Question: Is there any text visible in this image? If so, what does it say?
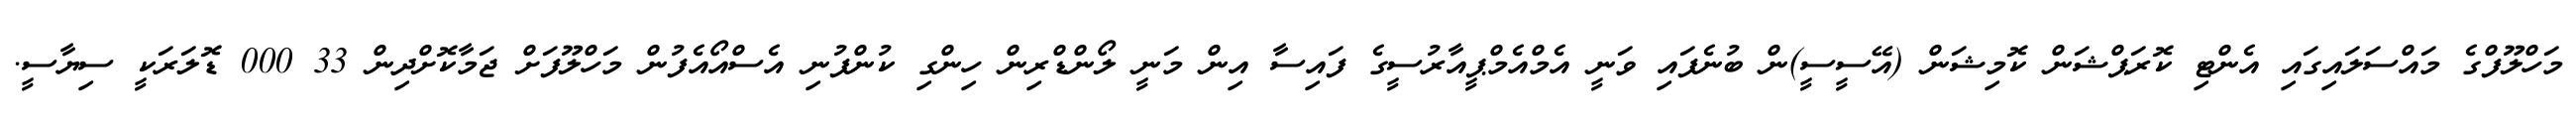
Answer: މަހްލޫފްގެ މައްސަލައިގައި އެންޓި ކޮރަޕްޝަން ކޮމިޝަން (އޭސީސީ)ން ބުނެފައި ވަނީ އެމްއެމްޕީއާރުސީގެ ފައިސާ އިން މަނީ ލޯންޑްރިން ހިންގި ކުންފުނި އެސްއޯއެފުން މަހްލޫފަށް ޖަމާކޮށްދިން 33 000 ޑޮލަރަކީ ސިޔާސީ.